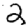
Digit: 2